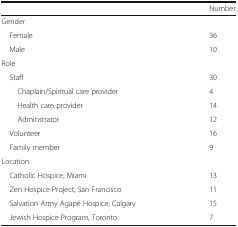
|  | Number |
 | --- | --- |
 | <COLSPAN=2> Gender |
 | Female | 36 |
 | Male | 10 |
 | <COLSPAN=2> Role |
 | Staff | 30 |
 | Chaplain/Spiritual care provider | 4 |
 | Health care provider | 14 |
 | Adminstrator | 12 |
 | Volunteer | 16 |
 | Family member | 9 |
 | <COLSPAN=2> Location |
 | Catholic Hospice, Miami | 13 |
 | Zen Hospice Project, San Francisco | 11 |
 | Salvation Army Agapé Hospice, Calgary | 15 |
 | Jewish Hospice Program, Toronto | 7 |